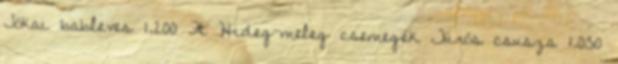
Jókai bableves 1.200 Ft Hideg-meleg csemegék Túrós csusza 1.050